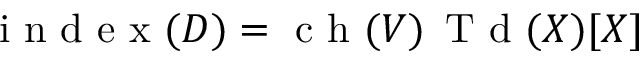
{ \textrm { i n d e x } } ( D ) = { \textrm { c h } } ( V ) \, { \textrm { T d } } ( X ) [ X ]